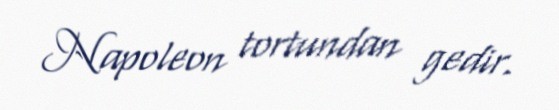
Napoleon tortundan gedir.